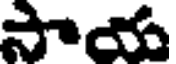
సాయ